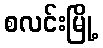
စလင်းမြို့